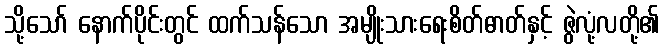
သို့သော် နောက်ပိုင်းတွင် ထက်သန်သော အမျိုးသားရေးစိတ်ဓာတ်နှင့် ဇွဲလုံ့လတို့၏